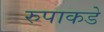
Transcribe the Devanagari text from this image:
रुपाकडे